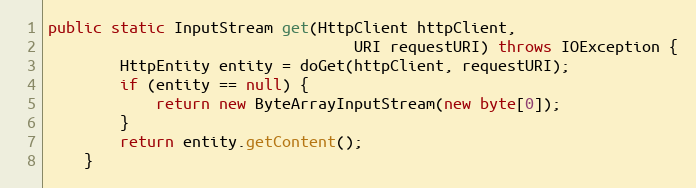
Language: Java
public static InputStream get(HttpClient httpClient,
                                  URI requestURI) throws IOException {
        HttpEntity entity = doGet(httpClient, requestURI);
        if (entity == null) {
            return new ByteArrayInputStream(new byte[0]);
        }
        return entity.getContent();
    }